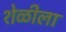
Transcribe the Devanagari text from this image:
शेळीला